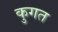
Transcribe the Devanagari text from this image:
कुगत